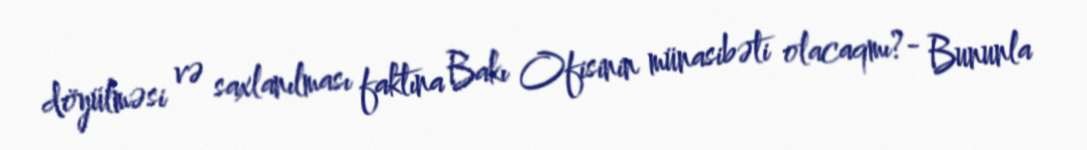
döyülməsi və saxlanılması faktına Bakı Ofisinin münasibəti olacaqmı?- Bununla